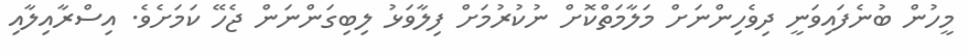
މީހުން ބުނެފައިވަނީ ދިވެހިންނަށް މަލާމަތްކޮށް ނުކުރުމަށް ފިލާވަޅު ލިބިގަންނަން ޖެހޭ ކަމަށެވެ. އިސްރާއިލާއި